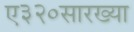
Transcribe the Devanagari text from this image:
ए३२०सारख्या